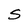
Character: S